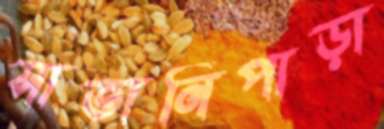
সাতানিপাড়া